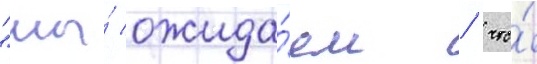
"мы́ ожида́ем / что́